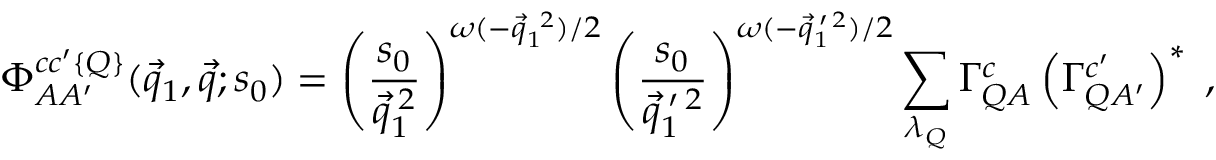
\Phi _ { A A ^ { \prime } } ^ { c c ^ { \prime } \{ Q \} } ( \vec { q } _ { 1 } , \vec { q } ; s _ { 0 } ) = \left( \frac { s _ { 0 } } { \vec { q } _ { 1 } ^ { \: 2 } } \right) ^ { \omega ( - \vec { q } _ { 1 } ^ { ~ 2 } ) / 2 } \left( \frac { s _ { 0 } } { \vec { q } _ { 1 } ^ { \: \prime \: 2 } } \right) ^ { \omega ( - \vec { q } _ { 1 } ^ { \: \prime \: 2 } ) / 2 } \sum _ { \lambda _ { Q } } \Gamma _ { Q A } ^ { c } \left( \Gamma _ { Q A ^ { \prime } } ^ { c ^ { \prime } } \right) ^ { * } \; ,